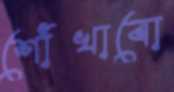
শোঁখাবো